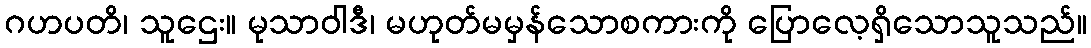
ဂဟပတိ၊ သူဌေး။ မုသာဝါဒီ၊ မဟုတ်မမှန်သောစကားကို ပြောလေ့ရှိသောသူသည်။